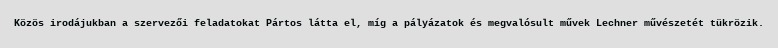
Közös irodájukban a szervezői feladatokat Pártos látta el, míg a pályázatok és megvalósult művek Lechner művészetét tükrözik.